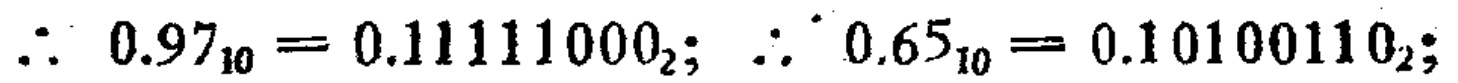
\(\therefore 0.97_{10}=0.11111000_{2};\ \therefore 0.65_{10}=0.10100110_{2};\)